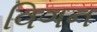
વિગન